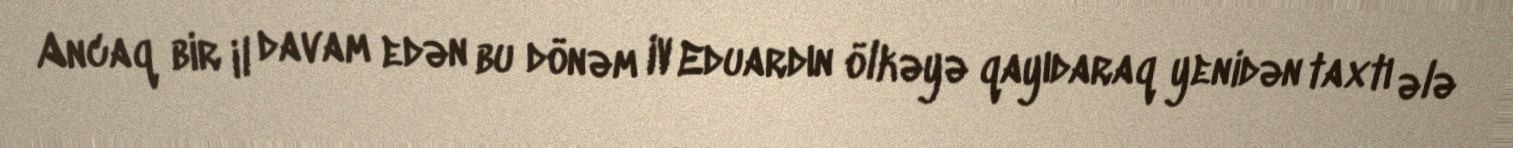
Ancaq bir il davam edən bu dönəm IV Eduardın ölkəyə qayıdaraq yenidən taxtı ələ